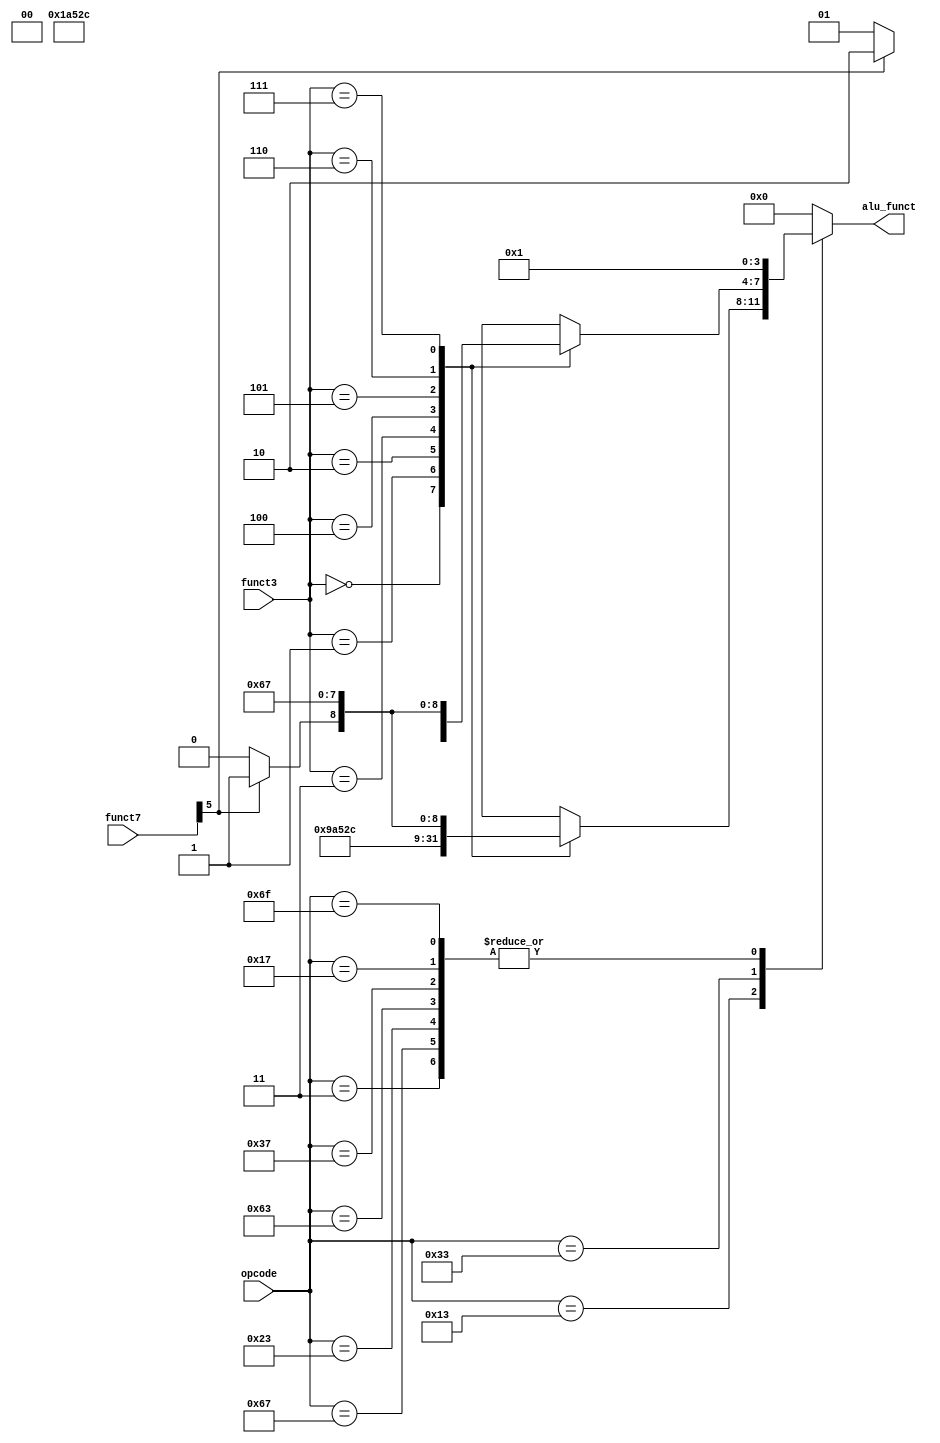
module ALU_Ctrl(opcode, funct3, funct7, alu_funct);

// input clk, rst;
input [6:0]opcode;
input [2:0]funct3;
input [6:0]funct7;

output reg [3:0]alu_funct;

localparam ZERO = 0,
        ADD = 1,
        SUB = 2,
        SLL = 3,
        SLT = 4,
        XOR = 5,
        OR = 6, 
        AND = 7,
        SRL = 8,
        SRA = 9,
        SLTU= 10;

always@(*)begin
    case(opcode)
        7'b0000011:begin    //InstructionTypes.L
            alu_funct <= ADD; 
        end                  
        7'b0010011:begin    //InstructionTypes.I
            /*
                object InstructionsTypeI{
                    val addi  -> 0.U
                    val slli  -> 1.U
                    val slti  -> 2.U
                    val sltiu -> 3.U
                    val xori  -> 4.U
                    val sri   -> 5.U
                    val ori   -> 6.U
                    val andi  -> 7.U
                }
            */
            case(funct3)
                0:  alu_funct <= ADD;
                1:  alu_funct <= SLL;
                2:  alu_funct <= SLT;
                3:  alu_funct <= SLTU;
                4:  alu_funct <= XOR;
                5:  alu_funct <= (funct7[5]) ? SRA : SRL;
                6:  alu_funct <= OR;
                7:  alu_funct <= AND;
                default: alu_funct <= ZERO;
            endcase
        end
        7'b1100111:begin    //Instruction.jalr
            alu_funct <= ADD; 
        end
        7'b0100011:begin    //InstructionTypes.S
            alu_funct <= ADD; 
        end
        7'b0110011:begin    //InstructionTypes.RM
            /*
                object InstructionsTypeI{
                    val add_sub  -> 0.U
                    val sll      -> 1.U
                    val slt      -> 2.U
                    val sltu     -> 3.U
                    val xor      -> 4.U
                    val sr       -> 5.U
                    val or       -> 6.U
                    val and      -> 7.U
                }
            */
            case(funct3)
                0:  alu_funct <= (funct7[5]) ? SUB : ADD;
                1:  alu_funct <= SLL;
                2:  alu_funct <= SLT;
                3:  alu_funct <= SLTU;
                4:  alu_funct <= XOR;
                5:  alu_funct <= (funct7[5]) ? SRA : SRL;
                6:  alu_funct <= OR;
                7:  alu_funct <= AND;
                default: alu_funct <= ZERO;
            endcase
        end
        7'b1100011:begin    //InstructionTypes.B
            alu_funct <= ADD;
        end                  
        7'b0110111:begin    //Instruction.lui
            alu_funct <= ADD; 
        end
        7'b0010111:begin    //Instruction.auipc
            alu_funct <= ADD; 
        end
        7'b1101111:begin    //Instruction.jal
            alu_funct <= ADD; 
        end
        default: alu_funct <= ZERO;   
    endcase
end

endmodule